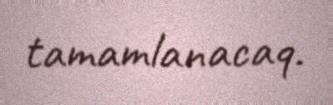
tamamlanacaq.